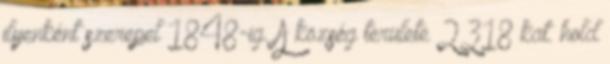
ilyenként szerepel 1848-ig. A község területe 2318 kat. hold